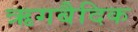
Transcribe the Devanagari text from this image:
ऋगबैदिक